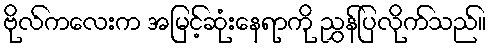
ဗိုလ်ကလေးက အမြင့်ဆုံးနေရာကို ညွှန်ပြလိုက်သည်။